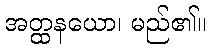
အတ္ထနယော၊ မည်၏။